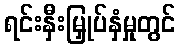
ရင်းနှီးမြှုပ်နှံမှုတွင်